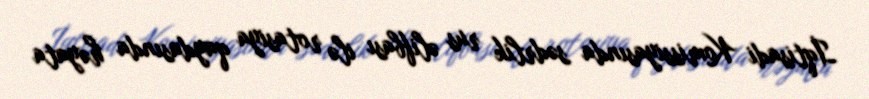
İqtisadi Komissiyasında sədrlik rus əlifbası ilə rotasiya qaydasında həyata